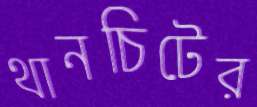
থানচিটের